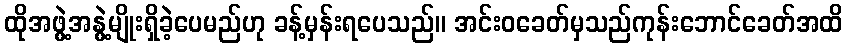
ထိုအဖွဲ့အနွဲ့မျိုးရှိခဲ့ပေမည်ဟု ခန့်မှန်းရပေသည်။ အင်းဝခေတ်မှသည်ကုန်းဘောင်ခေတ်အထိ